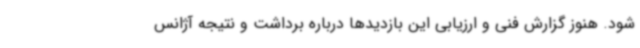
شود. هنوز گزارش فنی و ارزیابی این بازدیدها درباره برداشت و نتیجه آژانس